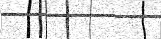
٦